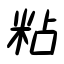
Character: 粘